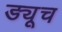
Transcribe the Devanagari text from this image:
ड्यूच